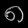
Digit: ၈